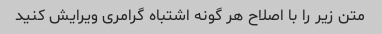
متن زیر را با اصلاح هر گونه اشتباه گرامری ویرایش کنید